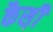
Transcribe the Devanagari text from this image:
कैस़ी